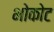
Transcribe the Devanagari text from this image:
भोकोट